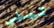
تبنى